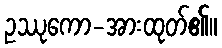
ဥဿုကော-အားထုတ်၏။